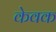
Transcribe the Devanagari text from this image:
केवक